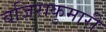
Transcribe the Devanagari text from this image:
वजिराकुमारी